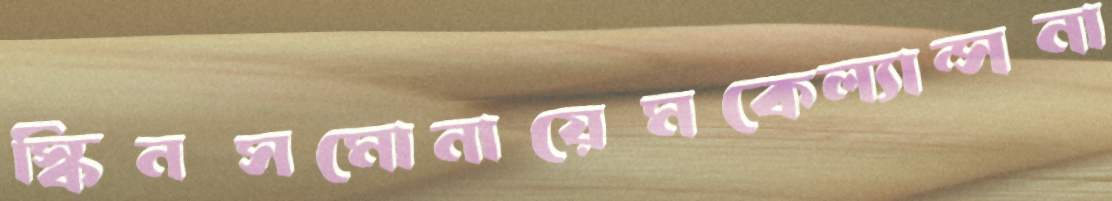
স্কিনসমোনায়েমকেল্যান্সনা